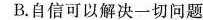
B.自信可以解决一切问题